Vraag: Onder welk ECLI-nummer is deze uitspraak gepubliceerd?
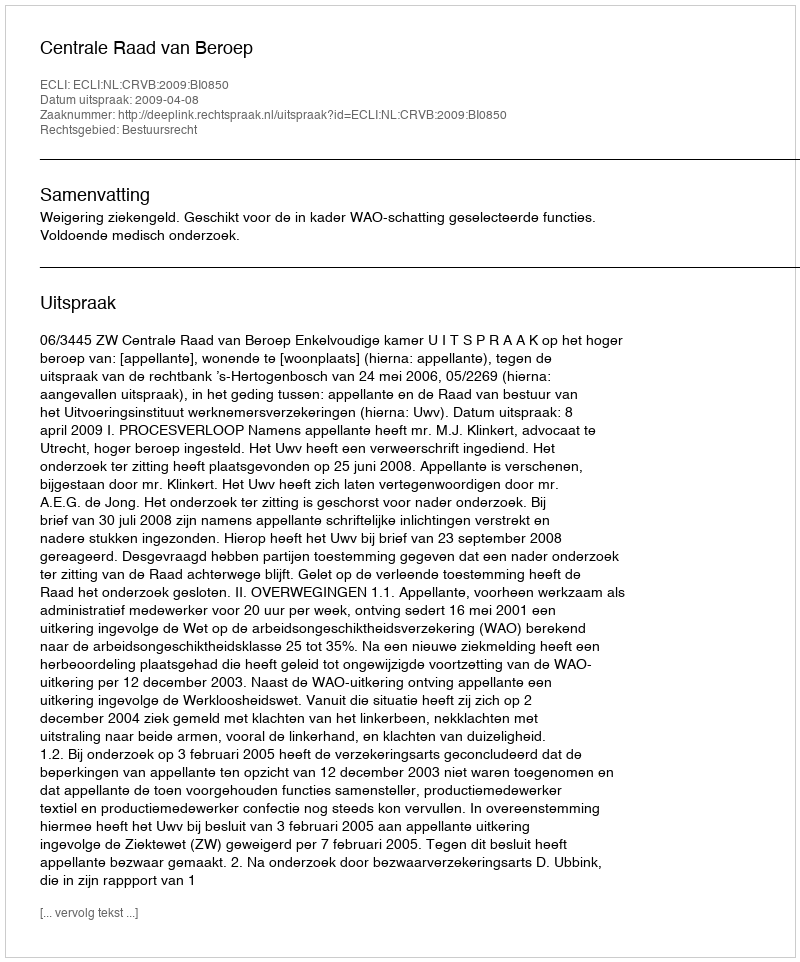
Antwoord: ECLI:NL:CRVB:2009:BI0850